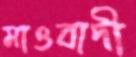
মাওবাদী